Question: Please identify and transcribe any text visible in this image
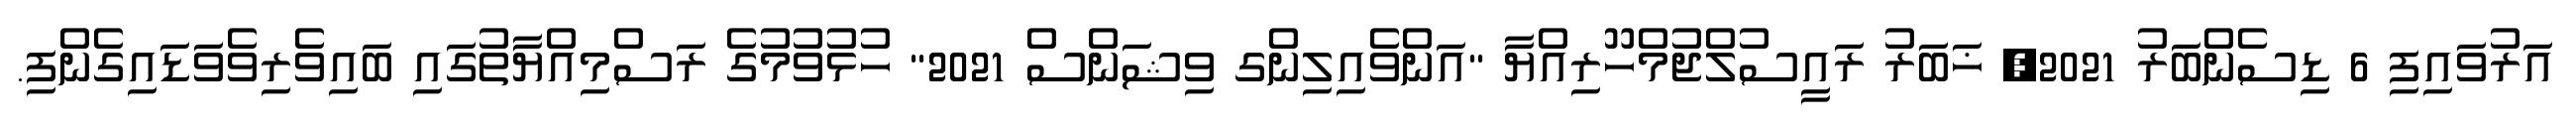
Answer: އަރުވައިފި 6 ޑިސެންބަރު 2021, ޚަބަރު ރައީސުލްޖުމްހޫރިއްޔާ "އަންވެއިލިންގ ވިޝަންސް 2021" ހުޅުވުމުގެ ރަސްމިއްޔާތުގައި ބައިވެރިވެވަޑައިގެންފި.